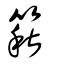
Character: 篍